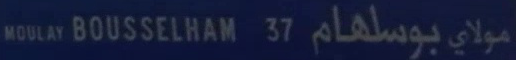
MOULAY BOUSSELHAM 3